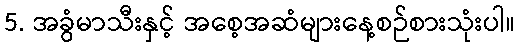
5. အခွံမာသီးနှင့် အစေ့အဆံများနေ့စဉ်စားသုံးပါ။